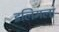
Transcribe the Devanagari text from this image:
इलिमला